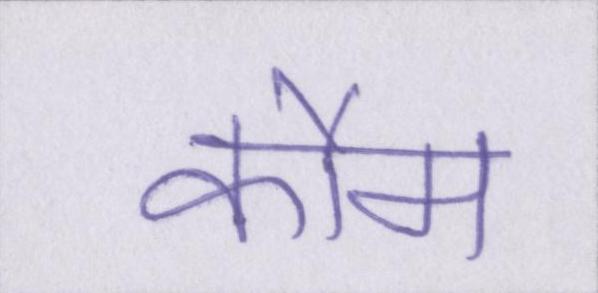
कौम